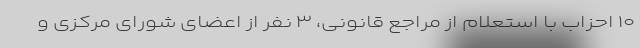
۱۰ احزاب با استعلام از مراجع قانونی، ۳ نفر از اعضای شورای مرکزی و